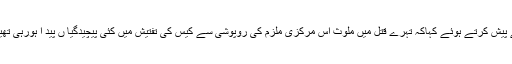
منگل کے روز سب ڈویژنل پولیس افیسر دروش ظفر احمد نے ملزم کو مقامی میڈیا کے سامنے پیش کرتے ہوئے کہاکہ تہرے قتل میں ملوث اس مرکزی ملزم کی روپوشی سے کیس کی تفتیش میں کئی پیچیدگیا ں پید ا ہورہی تھیں اور ان کی گرفتاری کیس میں پیش رفت کے لئے ایک چیلنچ کی صورت اختیار کرگئی تھی۔